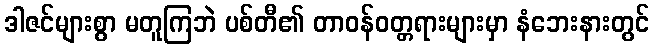
ဒါဇင်များစွာ မတူကြဘဲ ပစ်တီ၏ တာဝန်ဝတ္တရားများမှာ နံဘေးနားတွင်